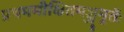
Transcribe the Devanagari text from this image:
प्रथममीक्षितमञ्जुमूर्तेः